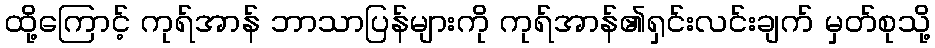
ထို့ကြောင့် ကုရ်အာန် ဘာသာပြန်များကို ကုရ်အာန်၏ရှင်းလင်းချက် မှတ်စုသို့